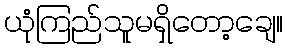
ယုံကြည်သူမရှိတော့ချေ။